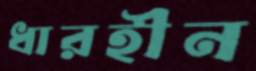
ধারহীন